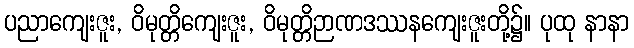
ပညာကျေးဇူး, ဝိမုတ္တိကျေးဇူး, ဝိမုတ္တိဉာဏဒဿနကျေးဇူးတို့၌။ ပုထု နာနာ